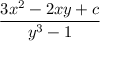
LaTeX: \frac { 3 x ^ { 2 } - 2 x y + c } { y ^ { 3 } - 1 }